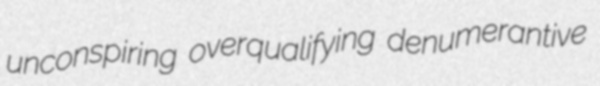
unconspiring overqualifying denumerantive